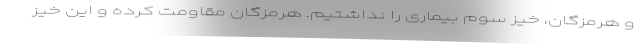
و هرمزگان، خیز سوم بیماری را نداشتیم. هرمزگان مقاومت کرده و این خیز